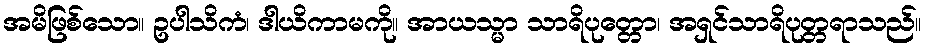
အမိဖြစ်သော။ ဥပါသိကံ၊ ဒါယိကာမကို။ အာယသ္မာ သာရိပုတ္တော၊ အရှင်သာရိပုတ္တရာသည်။